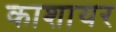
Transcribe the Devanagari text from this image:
काशायर